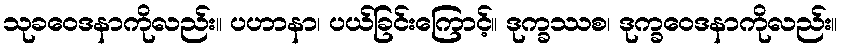
သုခဝေဒနာကိုလည်း။ ပဟာနာ၊ ပယ်ခြင်းကြောင့်။ ဒုက္ခဿစ၊ ဒုက္ခဝေဒနာကိုလည်း။